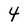
Character: 4